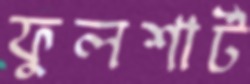
ফুলশার্ট